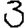
Digit: 3